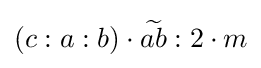
\left(c:a:b\right)\cdot {\widetilde {ab}}:2\cdot m